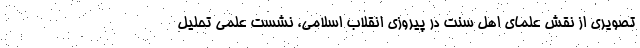
تصویری از نقش علمای اهل سنت در پیروزی انقلاب اسلامی، نشست علمی تحلیل